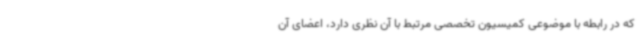
که در رابطه با موضوعی کمیسیون تخصصی مرتبط با آن نظری دارد، اعضای آن